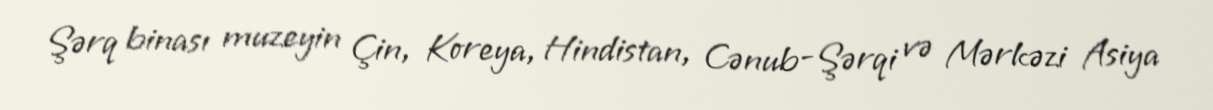
Şərq binası muzeyin Çin, Koreya, Hindistan, Cənub-Şərqi və Mərkəzi Asiya